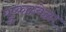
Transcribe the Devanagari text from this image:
पुष्कळवेळा